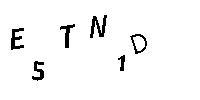
E5TN1D